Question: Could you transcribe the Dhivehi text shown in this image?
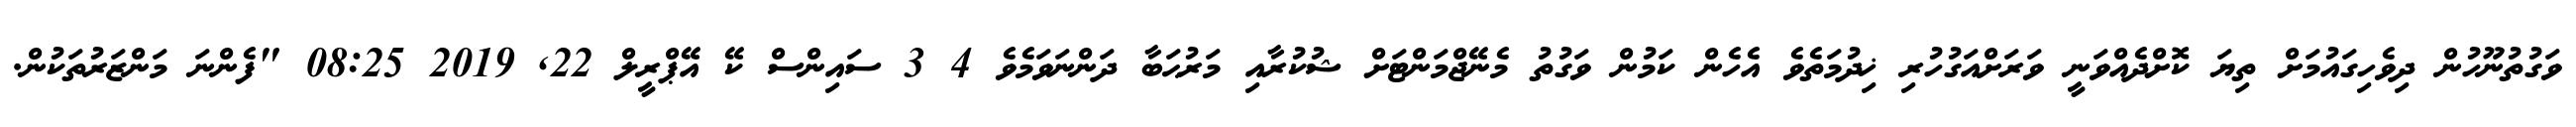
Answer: ވަގުތުނޫހުން ދިވެހިގައުމަށް ތިޔަ ކޮށްދެއްވަނީ ވަރަށްއަގުހުރި ޚިދުމަތެވެ އެހެން ކަމުން ވަގުތު މެނޭޖްމަންޓަށް ޝުކުރާއި މަރުޙަބާ ދަންނަވަމެވެ 4 3 ސައިންސް ކޭ އޭޕްރީލް 22, 2019 08:25 "ފެންނަ މަންޒަރުތަކުން.